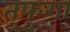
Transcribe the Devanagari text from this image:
तुफुगा